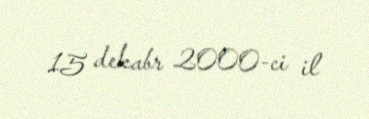
15 dekabr 2000-ci il